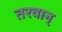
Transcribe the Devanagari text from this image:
तरवान्